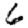
Digit: 6